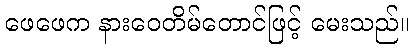
ဖေဖေက နားဝေတိမ်တောင်ဖြင့် မေးသည်။